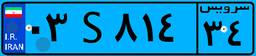
۰۳S۸۱۴۳۴